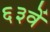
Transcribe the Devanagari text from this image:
६३वें